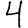
Digit: 4